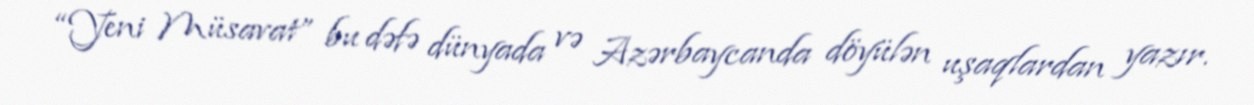
“Yeni Müsavat” bu dəfə dünyada və Azərbaycanda döyülən uşaqlardan yazır.